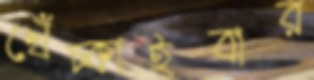
খেঁচ্‌কাইবার